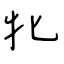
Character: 牝